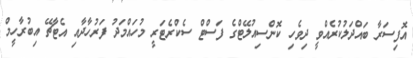
އޮފިސަރާ ބައްދަލުކުރެއްވީ ދިވެހި ކޮންސިއުލޭޓްގެ ފަސްޓް ސެކްރެޓަރީ މުހައްމަދު ފަރުހާދާއި އެޓާޗޭ އިބުރާހީމް